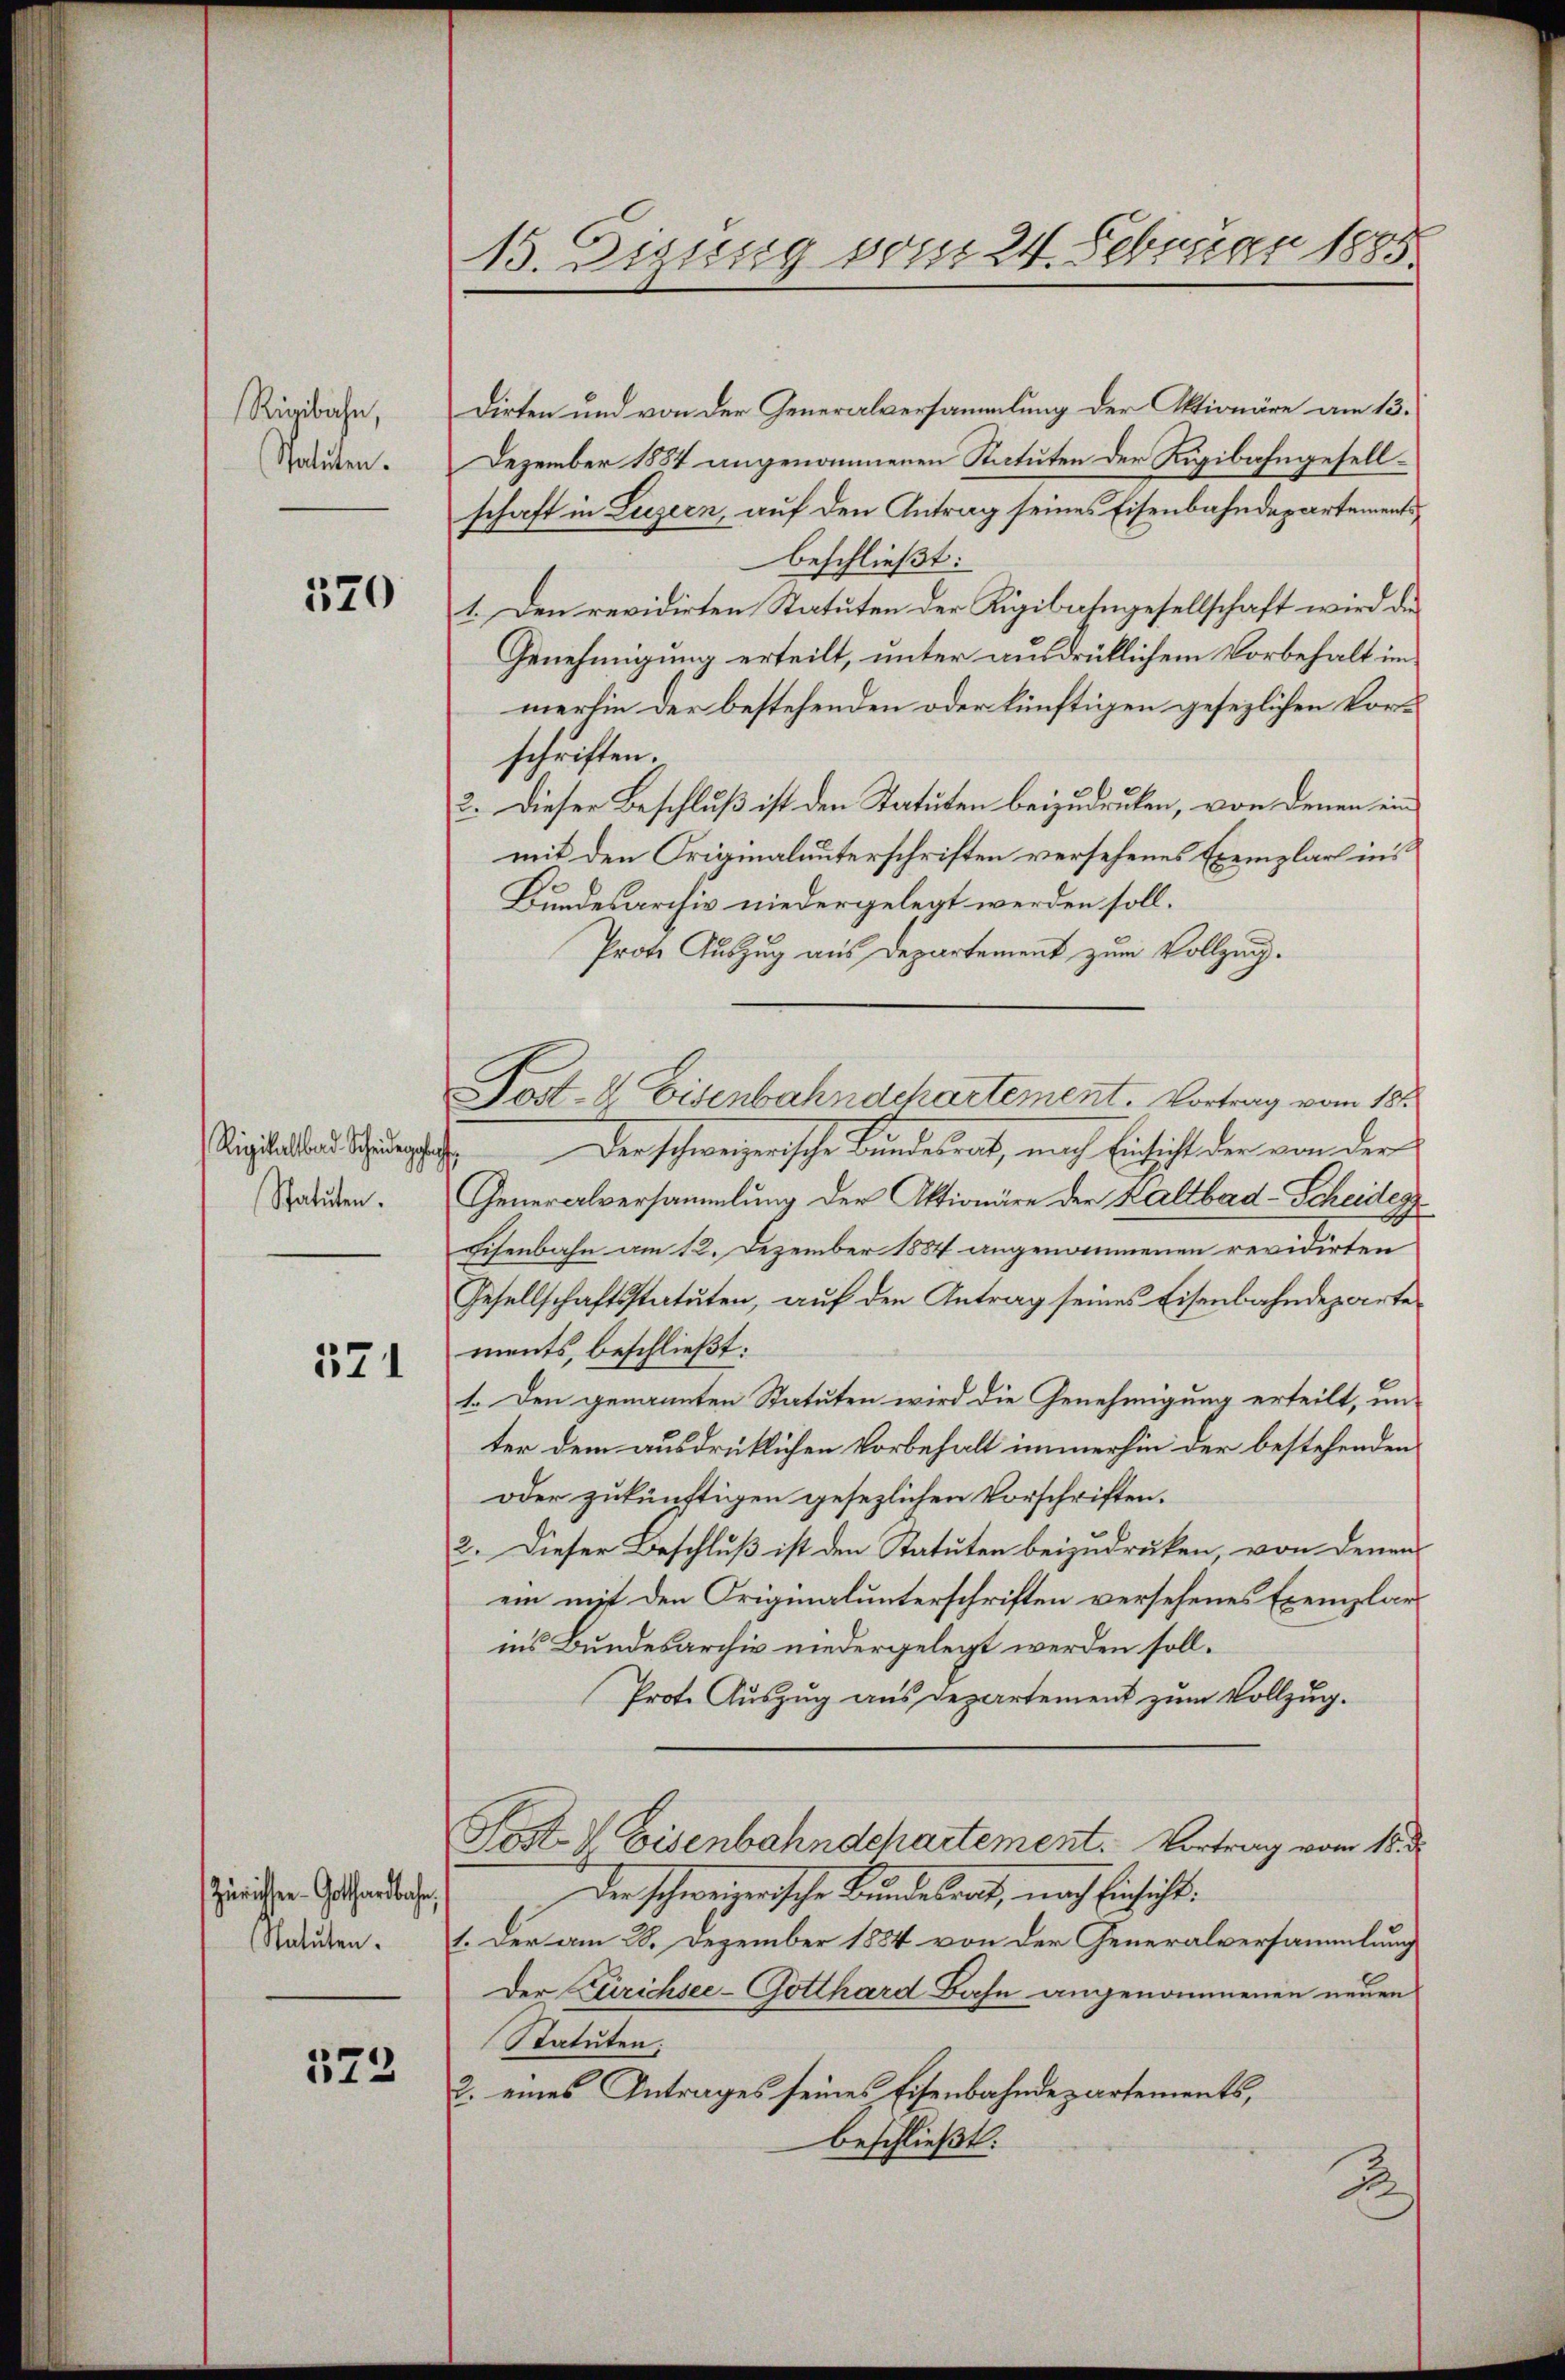
Rigibahn,
Statuten.

520

Rigitalband Scheidenfa
Statuten.

571

Zürichsee - Gotthardbahn,
Statuten.

572

15. Disung vom 24. Februar 1885

dirten und von der Generalversammlung der Aktionäre am 13.
Dezember 1884 angenommenen Statuten der Rigibahngesellschaft in Luzern, auf den Antrag seines Eisenbahndepartementsbeschließt:
1. Den revidirten Statuten der Rigibahngesellschaft wird die
Genehmigung erteilt, unter ausdrüklichem Vorbehalt im
merhin der bestehenden oder künftigen gesezlichen Vorschriften.
2. Dieser Beschluß ist den Statuten beizudruken, von denen ein
mit den Originalunterschriften versehenes Exemplart ins
Bundesarchiv niedergelegt werden soll.
Prote Auszug aus Departement zum Vollzug.
Der schweizerische Bundesrat, nach Eintricht der von der
Generalversammlung der Aktionäre der Kaltbad-Scheideg¬
Eisenbahn am 12. Dezember 1884 angenommenen revidirten
Gesellschaftsstatuten, auf den Antrag seines Eisenbahndeparte
ments, beschließt:
1. Den genannten Statuten wird die Genehmigung erteilt, un
ter dem ausdrüklichen Vorbehalt immerhin der bestehenden
oder zukünftigen gesezlichen Vorschriften.
2. Dieser Beschluß ist den Statuten beizudruken, von denen
ein mit den Originalunterschriften versehenes Exemplar
ins Bundesarchiv niedergelegt werden soll.
Prote Auszug aus Departement zum Vollzug.
Post & Eisenbahndchartement. Vortrag vom 18. d.
der schweizerische Bundesrat, nach Einsicht.
1. Der am 28. Dezember 1884 von der Generalversammlung
Der Zürichsee-Gotthard Bahn angenommenen neuen
Statuten:
2. eines Antrages seines Eisenbahndepartements,
beschließt:

Post- & Eisenbahndchartement. Vortrag vom 18.

B